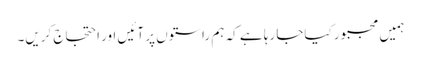
ہمیں مجبور کیاجا رہا ہے کہ ہم راستوں پر آئیں اور احتجاج کریں۔